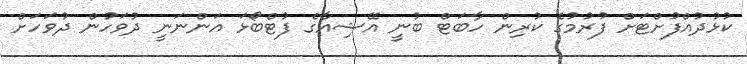
ކުޅުދުއްފުށްޓަށް ފުރުމުގެ ކުރިން ހާބަޓް ބުނީ އޭޝިއާގެ ފުޓްބޯޅަ އަންނަނީ ދުވަހުން ދުވަހަށް